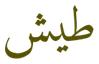
طيش